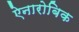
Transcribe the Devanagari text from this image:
ऐनारोबिक